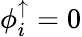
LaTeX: \phi_{i}^{\uparrow}=0